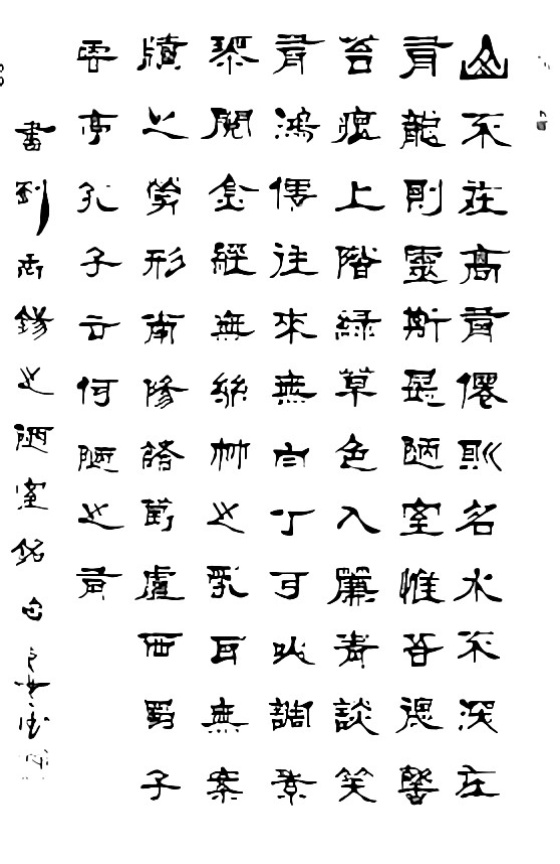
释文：山不在高，有仙则名。水不在深，有龙则灵。斯是陋室，惟吾德馨。苔痕上阶绿，草色入帘青。谈笑有鸿儒，往来无白丁。可以调素琴，阅金经。无丝竹之乱耳，无案牍之劳形。南阳诸葛庐，西蜀子云亭。孔子云：何陋之有？侯三德，原名侯耀德，自署长安三德，生于1956年，方笔篆创始人，国家一级美术师